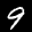
Label: 9